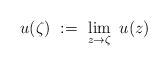
\begin{align*}u(\zeta)\ :=\ \lim\limits_{z\to\zeta}\ u(z)\end{align*}